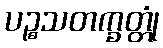
ပဉ္စသတက္ခတ္တုံ